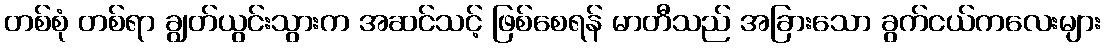
တစ်စုံ တစ်ရာ ချွတ်ယွင်းသွားက အဆင်သင့် ဖြစ်စေရန် မာတီသည် အခြားသော ခွက်ငယ်ကလေးများ